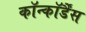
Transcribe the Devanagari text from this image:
कॉन्कॉर्डैंस